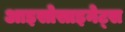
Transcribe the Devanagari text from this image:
आइसोसाइनेट्स